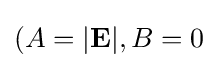
(A=|\mathbf {E} |,B=0